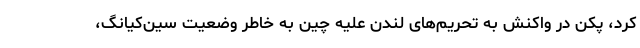
کرد، پکن در واکنش به تحریم‌های لندن علیه چین به خاطر وضعیت سین‌کیانگ،